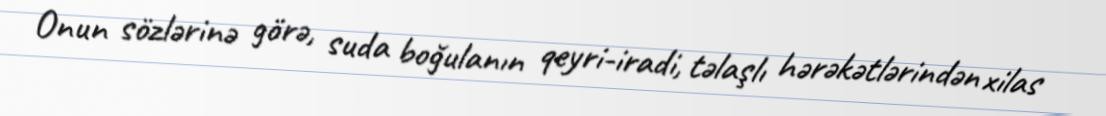
Onun sözlərinə görə, suda boğulanın qeyri-iradi, təlaşlı hərəkətlərindən xilas